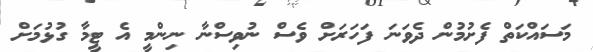
މަސައްކަތް ފެށުމުން ދެވަނަ ފަހަރަށް ވެސް ނުވިސްނާ ނިންމީ އެ ޓީމާ ގުޅުމަށް